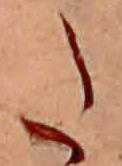
た